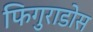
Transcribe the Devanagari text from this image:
फिगुराडोस